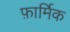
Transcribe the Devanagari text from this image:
फ़ार्मिक